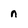
Character: n